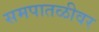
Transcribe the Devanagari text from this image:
समपातळीवर